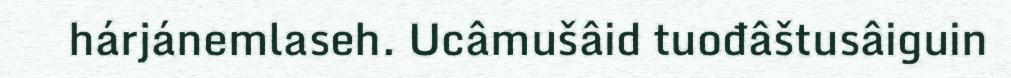
hárjánemlaseh. Ucâmušâid tuođâštusâiguin